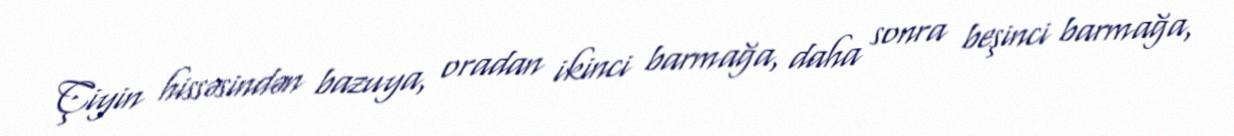
Çiyin hissəsindən bazuya, oradan ikinci barmağa, daha sonra beşinci barmağa,